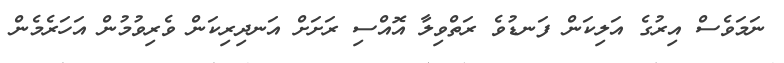
ނަމަވެސް އިރުގެ އަލިކަން ފަނޑުވެ ރަތްވިލާ އޮއްސި ރަށަށް އަނދިރިކަން ވެރިވުމުން އަހަރެމެން